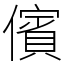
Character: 儐